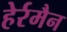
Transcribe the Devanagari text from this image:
हेर्रमैन